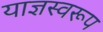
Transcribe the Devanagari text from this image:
याज्ञस्वरूप